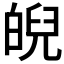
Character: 𤾆